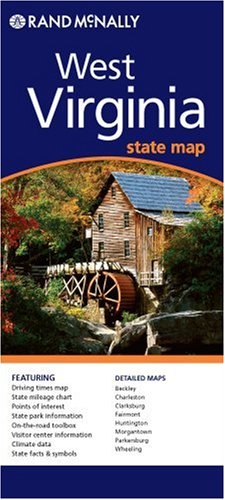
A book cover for Rand McNally West Virginia (Rand McNally Folded Map: States); Rand McNally and Company; Travel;